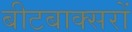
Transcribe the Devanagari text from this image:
बीटबाक्सरों